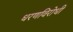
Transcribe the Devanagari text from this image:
धरणविरोधी